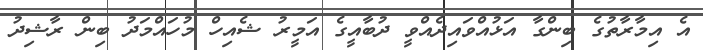
އެ އިމާރާތުގެ ބިންގާ އަޅުއްވައިދެއްވީ ދުބާއީގެ އަމީރު ޝެއިހް މުހައްމަދު ބިން ރާޝިދު